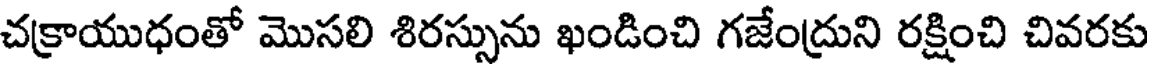
చక్రాయుధంతో మొసలి శిరస్సును ఖండించి గజేంద్రుని రక్షించి చివరకు